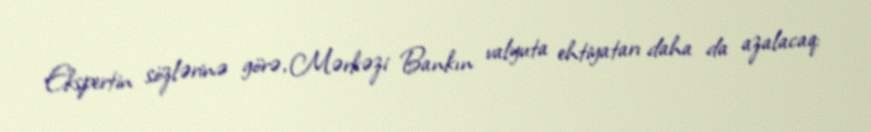
Ekspertin sözlərinə görə, Mərkəzi Bankın valyuta ehtiyatarı daha da azalacaq: